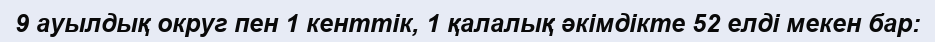
9 ауылдық округ пен 1 кенттік, 1 қалалық әкімдікте 52 елді мекен бар: